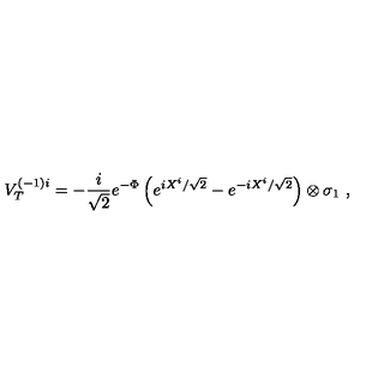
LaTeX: V _ { T } ^ { ( - 1 ) i } = - \frac { i } { \sqrt { 2 } } e ^ { - \Phi } \left( e ^ { i X ^ { i } / \sqrt { 2 } } - e ^ { - i X ^ { i } / \sqrt { 2 } } \right) \otimes \sigma _ { 1 } \ ,